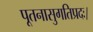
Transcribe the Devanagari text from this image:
पूतनासुगतिप्रदः।